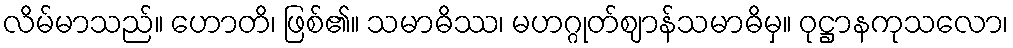
လိမ်မာသည်။ ဟောတိ၊ ဖြစ်၏။ သမာဓိဿ၊ မဟဂ္ဂုတ်ဈာန်သမာဓိမှ။ ဝုဋ္ဌာနကုသလော၊